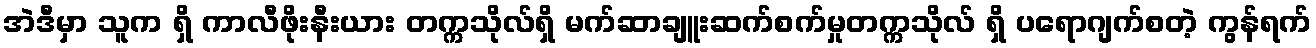
အဲဒီမှာ သူက ရှိ ကာလီဖိုးနီးယား တက္ကသိုလ်ရှိ မက်ဆာချူးဆက်စက်မှုတက္ကသိုလ် ရှိ ပရောဂျက်စတဲ့ ကွန်ရက်